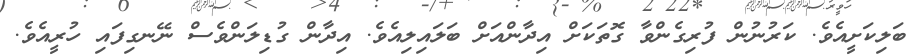
ބަލިކަށީއެވެ. ކަރުނުން ފުރިގެންވާ ގޮތަކަށް އިދާންއަށް ބަލައިލިއެވެ. އިދާން ގުޑިލަންވެސް ނޭނގިފައި ހުރީއެވެ.